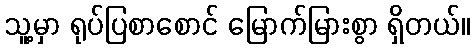
သူ့မှာ ရုပ်ပြစာစောင် မြောက်မြားစွာ ရှိတယ်။